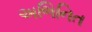
અભિનિત